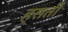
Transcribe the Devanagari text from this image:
हसती